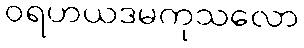
ဝရဟယဒမကုသလော